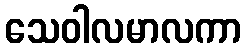
သေဝါလမာလကာ